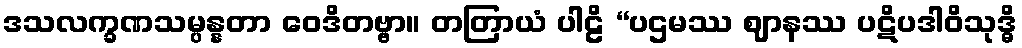
ဒသလက္ခဏသမ္ပန္နတာ ဝေဒိတဗ္ဗာ။ တတြာယံ ပါဠိ “ပဌမဿ ဈာနဿ ပဋိပဒါဝိသုဒ္ဓိ